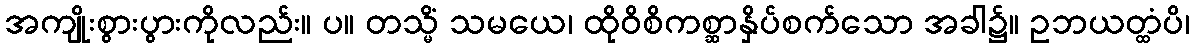
အကျိုးစွားပွားကိုလည်း။ ပ။ တသ္မိံ သမယေ၊ ထိုဝိစိကစ္ဆာနှိပ်စက်သော အခါ၌။ ဥဘယတ္ထံပိ၊